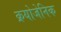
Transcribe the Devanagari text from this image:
क्रयोजेनिक